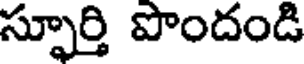
స్ఫూర్తి పొందండి